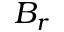
B _ { r }